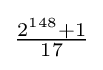
{\tfrac {2^{148}+1}{17}}